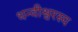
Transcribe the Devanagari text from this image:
धन्वीश्वरस्य